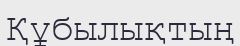
Құбылықтың